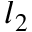
l _ { 2 }